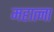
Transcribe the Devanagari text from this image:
महात्ना